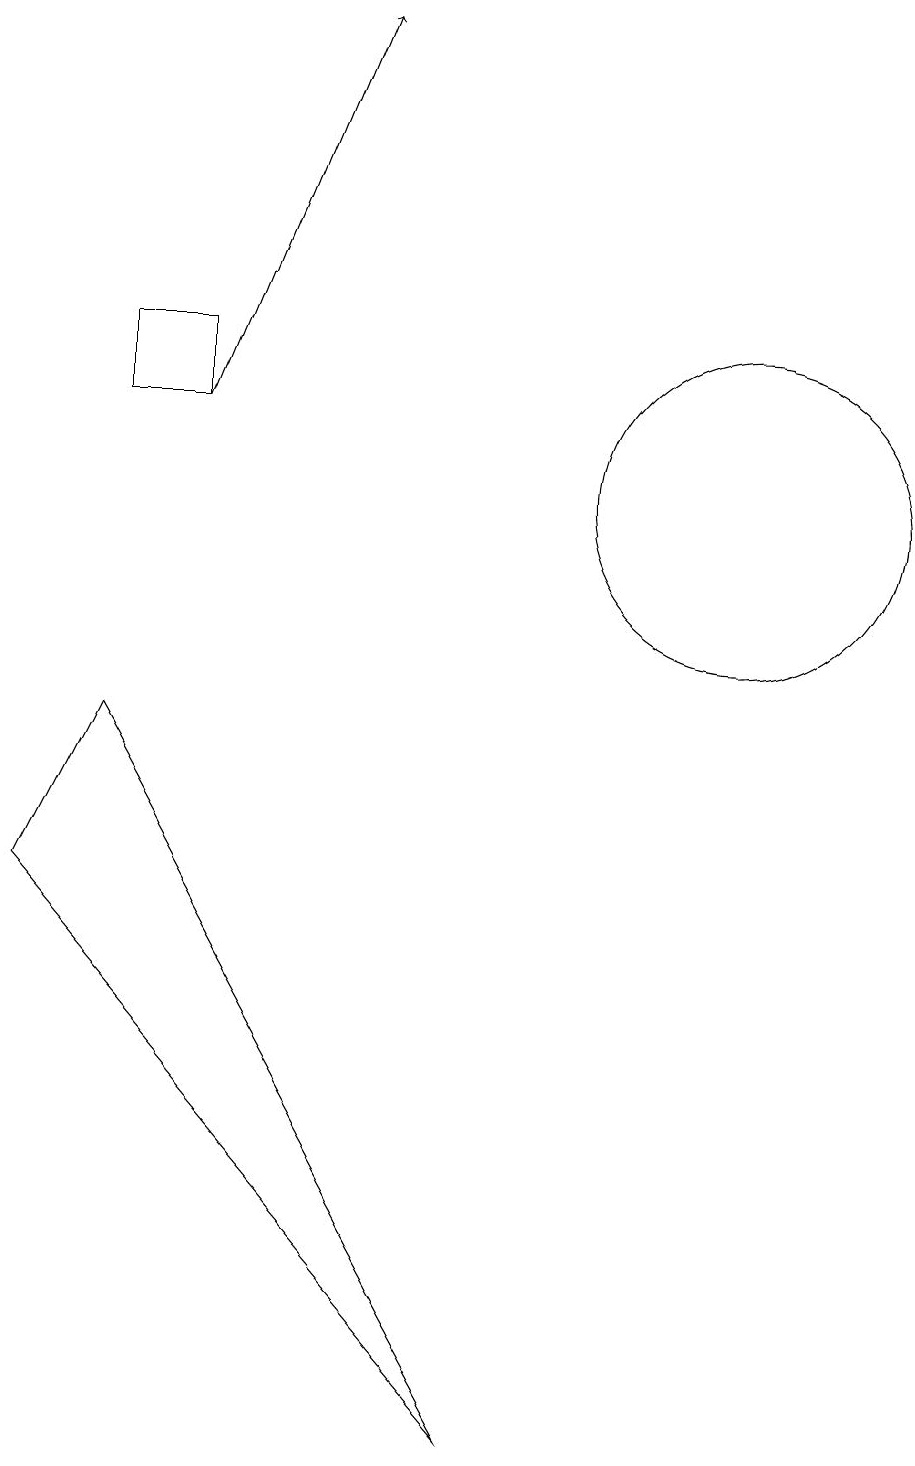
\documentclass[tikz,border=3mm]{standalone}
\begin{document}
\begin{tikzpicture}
\draw (10,12) circle (2);
\draw (2,13) rectangle (3,14);
\draw[->] (3,13) -- (5,18);
\draw (7,0) -- (1,7) -- (2,9) -- cycle;
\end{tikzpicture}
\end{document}